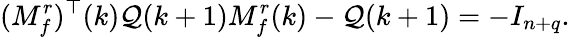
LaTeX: (M_{f}^{r})^{\top}(k)\mathcal{Q}(k+1)M_{f}^{r}(k)-\mathcal{Q}(k+1)=-I_{n+q}.